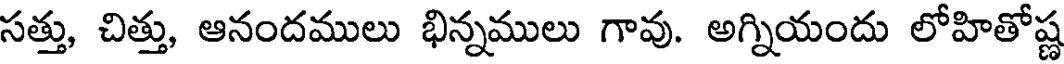
సత్తు, చిత్తు, ఆనందములు భిన్నములు గావు. అగ్నియందు లోహితోష్ణ